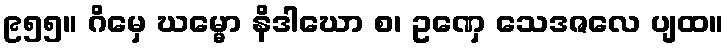
၉၅၅။ ဂိမှေ ဃမ္မော နိဒါဃော စ၊ ဥဏှေ သေဒဇလေ ပျထ။